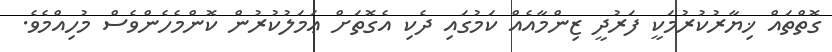
ގޮތްތައް ޚިޔާރުކުރުމަކީ ފަރުދީ ޒިންމާއެއް ކަމުގައި ދެކި އެގޮތަށް ޢަމަލުކުރުން ކޮންމެހެންވެސް މުހިއްމެވެ.